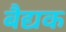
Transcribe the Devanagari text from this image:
बैद्यक